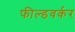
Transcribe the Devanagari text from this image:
फील्डवर्कर